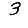
Digit: 3